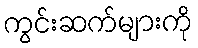
ကွင်းဆက်များကို